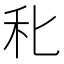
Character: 𥝓